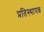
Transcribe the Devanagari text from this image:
प्रतिस्थापन्न